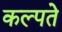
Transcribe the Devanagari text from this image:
कल्पते